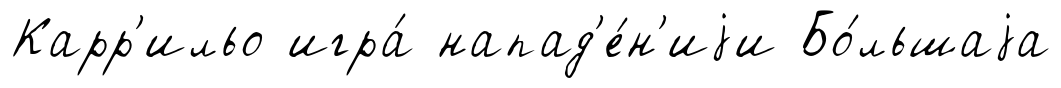
Карр'ильо игра́ напад'е́н'иjи Бо́льшаjа